Leaving Certificate Examination (including Day School Certificate (Higher) General paper), 1936
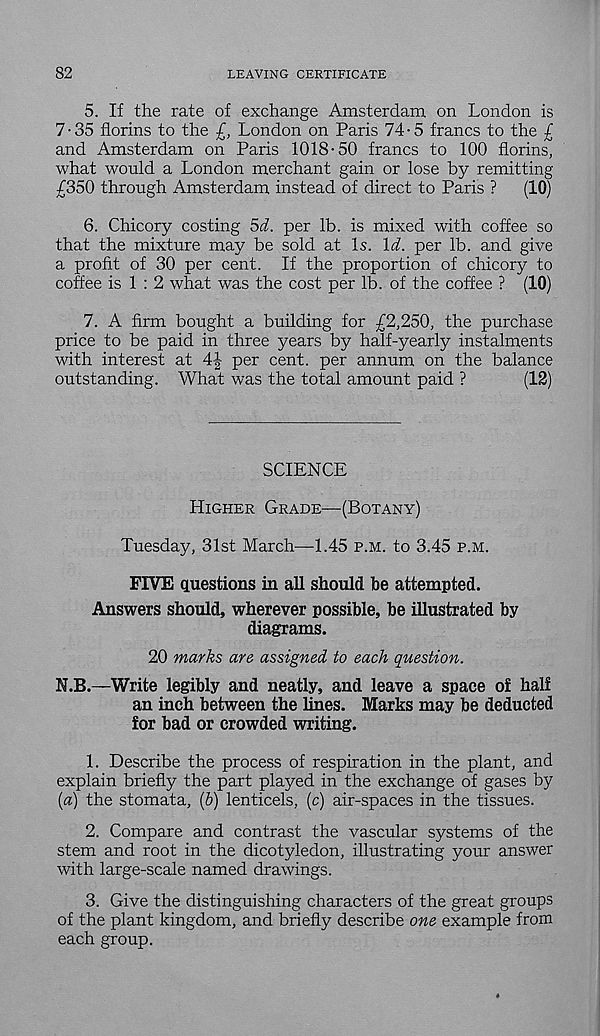
82
LEAVING CERTIFICATE
5. If the rate of exchange Amsterdam on London is
7-35 florins to the £, London on Paris 74-5 francs to the £
and Amsterdam on Paris 1018-50 francs to 100 florins,
what would a London merchant gain or lose by remitting
£350 through Amsterdam instead of direct to Paris ?
(10)
6. Chicory costing 5d. per lb. is mixed with coffee so
that the mixture may be sold at Is. Id. per lb. and give
a profit of 30 per cent. If the proportion of chicory to
coffee is 1 : 2 what was the cost per lb. of the coffee ? (10)
7. A firm bought a building for £2,250, the purchase
price to be paid in three years by half-yearly instalments
with interest at 4| per cent, per annum on the balance
outstanding. What was the total amount paid ?
(12)
SCIENCE
Higher Grade—-(Botany)
Tuesday, 31st March—1.45 p.m. to 3.45 p.m.
FIVE questions in all should be attempted.
Answers should, wherever possible, be illustrated by
diagrams.
20 marks are assigned to each question.
N.B.—Write legibly and neatly, and leave a space of half
an inch between the lines. Marks may be deducted
for bad or crowded writing.
1. Describe the process of respiration in the plant, and
explain briefly the part played in the exchange of gases by
[a) the stomata, (b) lenticels, (c) air-spaces in the tissues.
2. Compare and contrast the vascular systems of the
stem and root in the dicotyledon, illustrating your answer
with large-scale named drawings.
3. Give the distinguishing characters of the great groups
of the plant kingdom, and briefly describe one example from
each group.